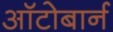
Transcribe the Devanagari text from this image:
ऑटोबार्न